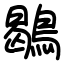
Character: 鶡